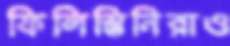
ফিলিস্তিনিরাও